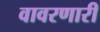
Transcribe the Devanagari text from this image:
वावरणारी